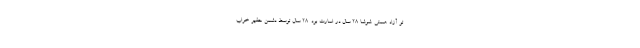
تو آزاد هستی. شوشا ۲۸ سال در اسارت بود. ۲۸ سال توسط دشمن حقیر خراب